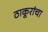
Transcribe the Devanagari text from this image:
ठाकूरांचा